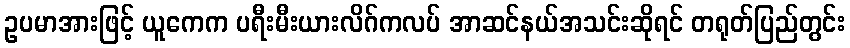
ဥပမာအားဖြင့် ယူကေက ပရီးမီးယားလိဂ်ကလပ် အာဆင်နယ်အသင်းဆိုရင် တရုတ်ပြည်တွင်း